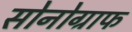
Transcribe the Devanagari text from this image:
सोनोग्राफ